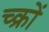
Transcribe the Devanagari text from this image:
च्क्रों